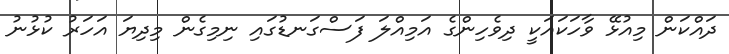
ދައްކަން މިއުޅޭ ވާހަކައަކީ ދިވެހިންގެ އަމިއްލަ ފަސްގަނޑުގައި ނިމިގެން މިދިޔަ އަހަރު ކުޅުނު